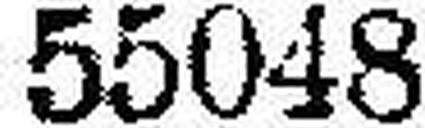
55048